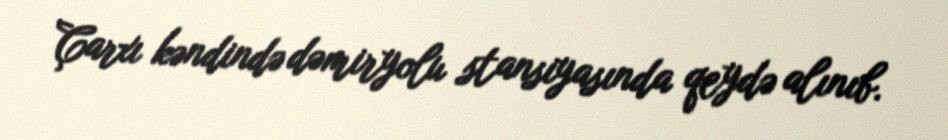
Çarxı kəndində dəmiryolu stansiyasında qeydə alınıb.